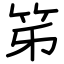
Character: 笫